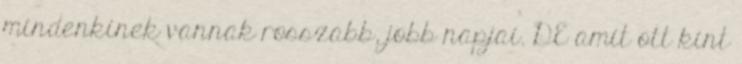
mindenkinek vannak rosszabb, jobb napjai. DE amit ott kint